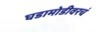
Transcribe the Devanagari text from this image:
घडामोडीवरचं